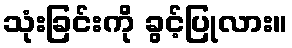
သုံးခြင်းကို ခွင့်ပြုလား။